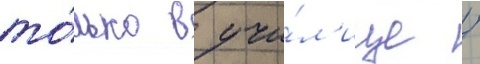
то́лько в учи́л'ище /